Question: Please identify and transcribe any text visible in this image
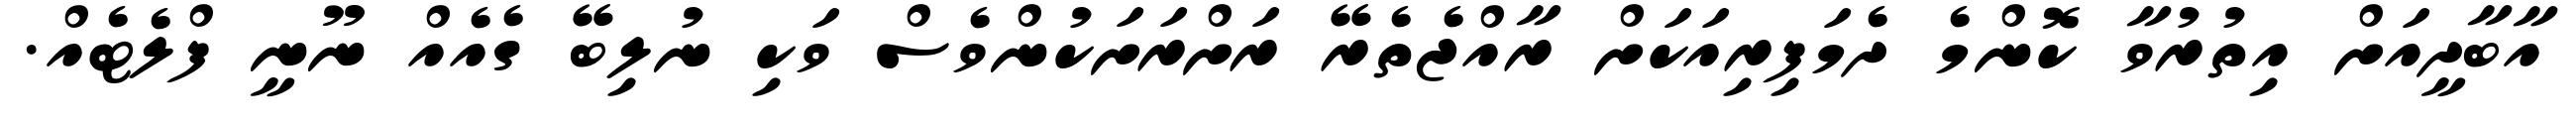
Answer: އާބާދީއަށް އިތުރުވާ ކޮންމެ ދެމަފިރިއަކަށް ރާއްޖެތެރޭ ރަށްރަށަކުންވެސް ވަކި ނުލިބޭ ގެއެއް ނޫނީ ފްލެޓެއް.